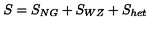
S = S _ { N G } + S _ { W Z } + S _ { h e t }